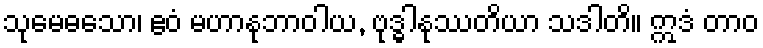
သုမေဓသော၊ ဧဝံ မဟာနုဘာဝါယ, ဗုဒ္ဓါနုဿတိယာ သဒါတိ။ ဣဒံ တာဝ